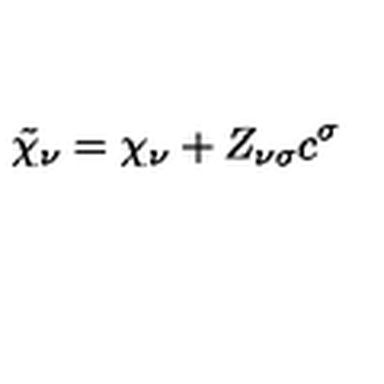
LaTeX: \tilde { \chi } _ { \nu } = \chi _ { \nu } + Z _ { \nu \sigma } c ^ { \sigma }